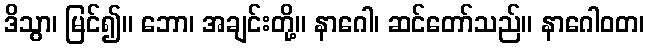
ဒိသွာ၊ မြင်၍။ ဘော၊ အချင်းတို့။ နာဂေါ၊ ဆင်တော်သည်။ နာဂေါဝတ၊